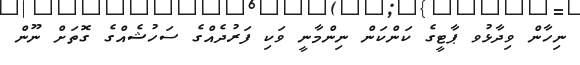
ނިހާން ވިދާޅުވ ޕާޓީގެ ކަންކަން ނިންމާނީ ވަކި ފަރުދެއްގެ ސަހުޝެއްގެ ގޮތަށް ނޫން